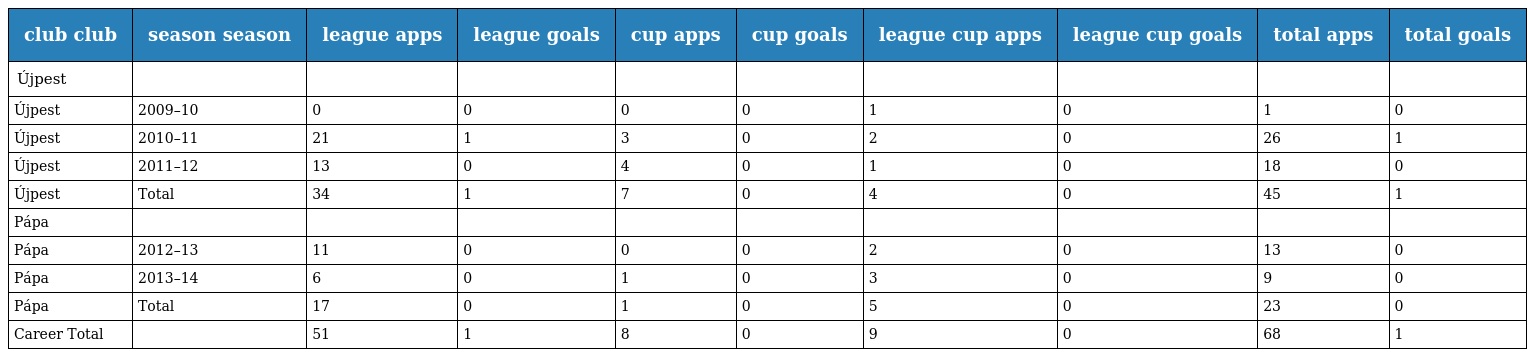
| club club | season season | league apps | league goals | cup apps | cup goals | league cup apps | league cup goals | total apps | total goals |
 | --- | --- | --- | --- | --- | --- | --- | --- | --- | --- |
 | Újpest |  |  |  |  |  |  |  |  |  |
 | Újpest | 2009–10 | 0 | 0 | 0 | 0 | 1 | 0 | 1 | 0 |
 | Újpest | 2010–11 | 21 | 1 | 3 | 0 | 2 | 0 | 26 | 1 |
 | Újpest | 2011–12 | 13 | 0 | 4 | 0 | 1 | 0 | 18 | 0 |
 | Újpest | Total | 34 | 1 | 7 | 0 | 4 | 0 | 45 | 1 |
 | Pápa |  |  |  |  |  |  |  |  |  |
 | Pápa | 2012–13 | 11 | 0 | 0 | 0 | 2 | 0 | 13 | 0 |
 | Pápa | 2013–14 | 6 | 0 | 1 | 0 | 3 | 0 | 9 | 0 |
 | Pápa | Total | 17 | 0 | 1 | 0 | 5 | 0 | 23 | 0 |
 | Career Total |  | 51 | 1 | 8 | 0 | 9 | 0 | 68 | 1 |